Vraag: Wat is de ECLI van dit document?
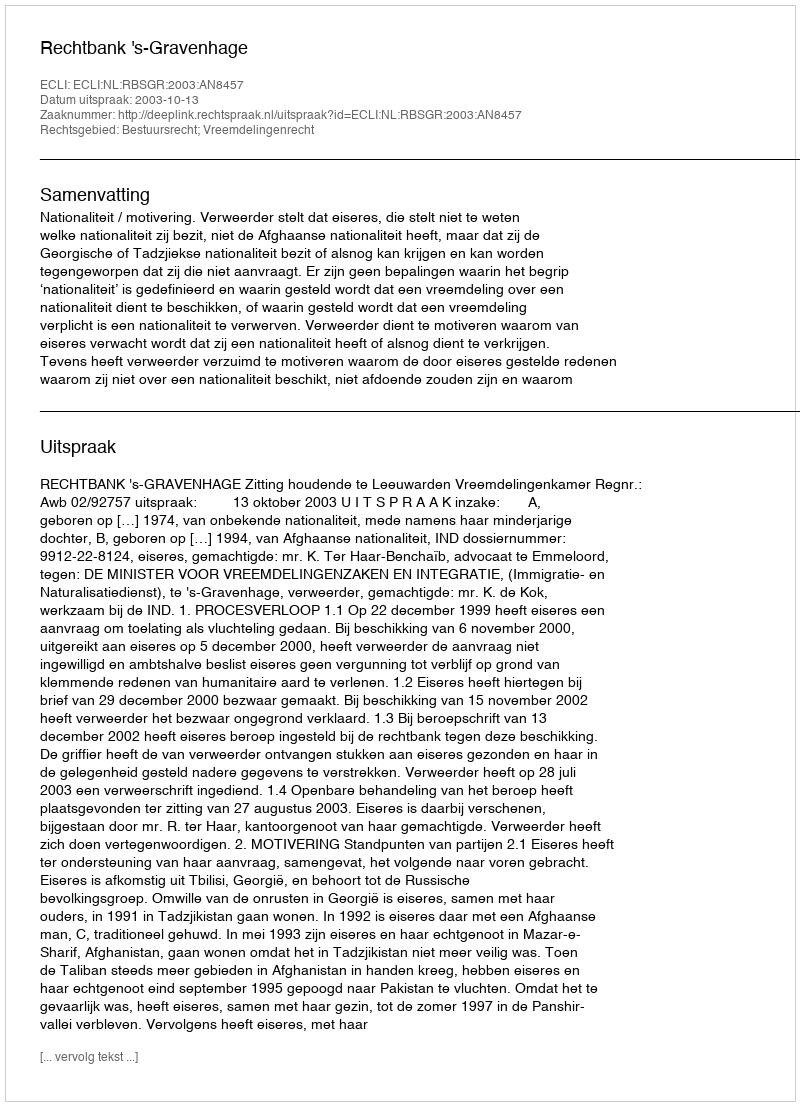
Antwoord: ECLI:NL:RBSGR:2003:AN8457